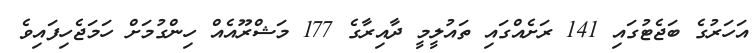
އަހަރުގެ ބަޖެޓުގައި 141 ރަށެއްގައި ތައުލީމީ ދާއިރާގެ 177 މަޝްރޫއެއް ހިންގުމަށް ހަމަޖެހިފައިވެ